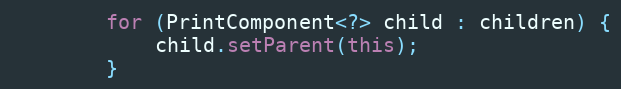
Language: Java
		for (PrintComponent<?> child : children) {
			child.setParent(this);
		}